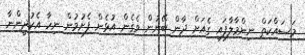
މަސައްކަތް ނިންމާލާފައި ގެއަށް ދާން ބޭނުން ވެގެން އުޅެން ފެށުމުން ނިހާ އެކުދީންނާ